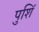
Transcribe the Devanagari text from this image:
पुशिं